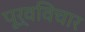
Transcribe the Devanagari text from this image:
पूर्वविचार